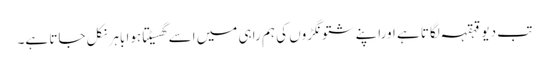
تب دیو قہقہہ لگاتا ہے اوراپنے شتونگڑوں کی ہم راہی میں اسے گھسیٹتا ہوا باہر نکل جاتا ہے۔